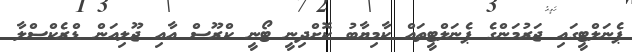
ޕެނަލްޓީގައި ޖަރުމަންގެ ޕެނަލްޓީތައް ކާމިޔާބު ކޮށްދިނީ ޓޯނީ ކްރޫސް އާއި ޖޫލިއަން ޑްރެކްސްލާ